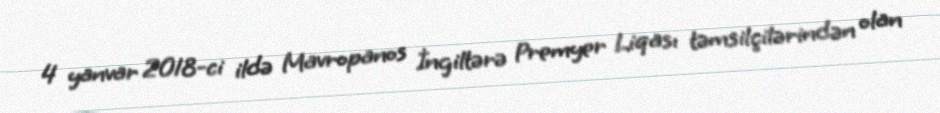
4 yanvar 2018-ci ildə Mavropanos İngiltərə Premyer Liqası təmsilçilərindən olan